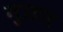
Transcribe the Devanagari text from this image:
मुफ्रत